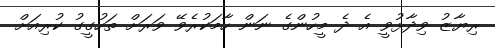
ރިޔާޒު ވިދާޅުވީ އެ ދެ މީހުންގެ ނަން ހާމަކުރެވޭ ވަރަށް ތަހުގީގު ކުރިއަށް